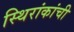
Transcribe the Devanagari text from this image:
स्थिरांकांची